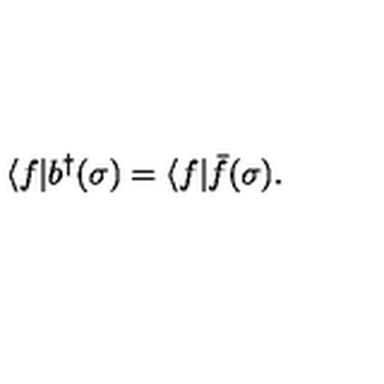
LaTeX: \langle f | b ^ { \dag } ( \sigma ) = \langle f | \bar { f } ( \sigma ) .